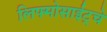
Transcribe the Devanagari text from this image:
लिफ्मोसाईट्चे